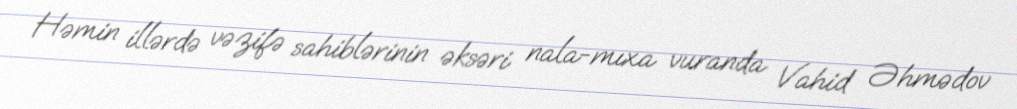
Həmin illərdə vəzifə sahiblərinin əksəri nala-mıxa vuranda Vahid Əhmədov